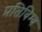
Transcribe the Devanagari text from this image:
प्रतिबिम्‍ब